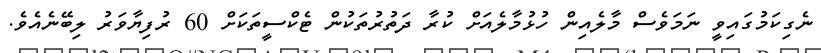
ނެގިކަމުގައިވީ ނަމަވެސް މާލެއިން ހުޅުމާލެއަށް ކުރާ ދަތުރުތަކުން ޓެކްސީތަކަށް 60 ރުފިޔާވަރު ލިބޭނެއެވެ.